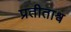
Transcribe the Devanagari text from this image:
प्रतीताश्व